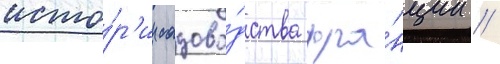
исто́р'ии садово́дства фра́нции //